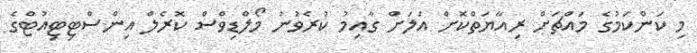
މި ކަންކަމުގެ މައްޗަށް ރިއާޔަތްކޮށް އަލަށް ގާއިމު ކުރެވުނު މޯލްޑިވްސް ކޮރެލް އިންސްޓިޓިއުޓްގެ